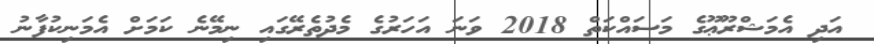
އަދި އެމަޝްރޫޢޫގެ މަސައްކަތް 2018 ވަނަ އަހަރުގެ މެދުތެރޭގައި ނިމޭނެ ކަމަށް އެމަނިކުފާނު